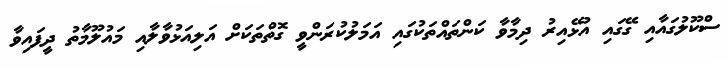
ސްކޫލުގައާއި ގޭގައި އުޅޭއިރު ދިމާވާ ކަންތައްތަކުގައި އަމަލުކުރަންވީ ގޮތްތަކަށް އަލިއަޅުވާލާއި މައުލޫމާތު ދީފައިވާ